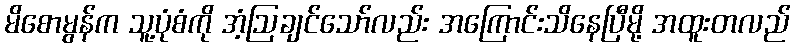
မိစောမွန်က သူ့ပုံစံကို အံ့ဩချင်သော်လည်း အကြောင်းသိနေပြီမို့ အထူးတလည်